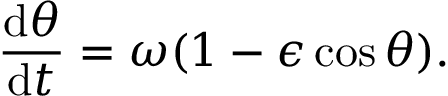
\frac { \mathrm { d } \theta } { \mathrm { d } t } = \omega ( 1 - \epsilon \cos \theta ) .